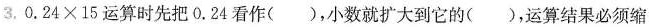
3.$$0.24\times 15$$运算时先把0.24看作()，小数就扩大到它的()，运算结果必须缩